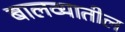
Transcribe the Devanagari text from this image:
बालव्यातील